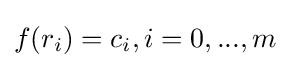
f(r_{i})=c_{i},i=0,...,m